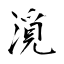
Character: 漞